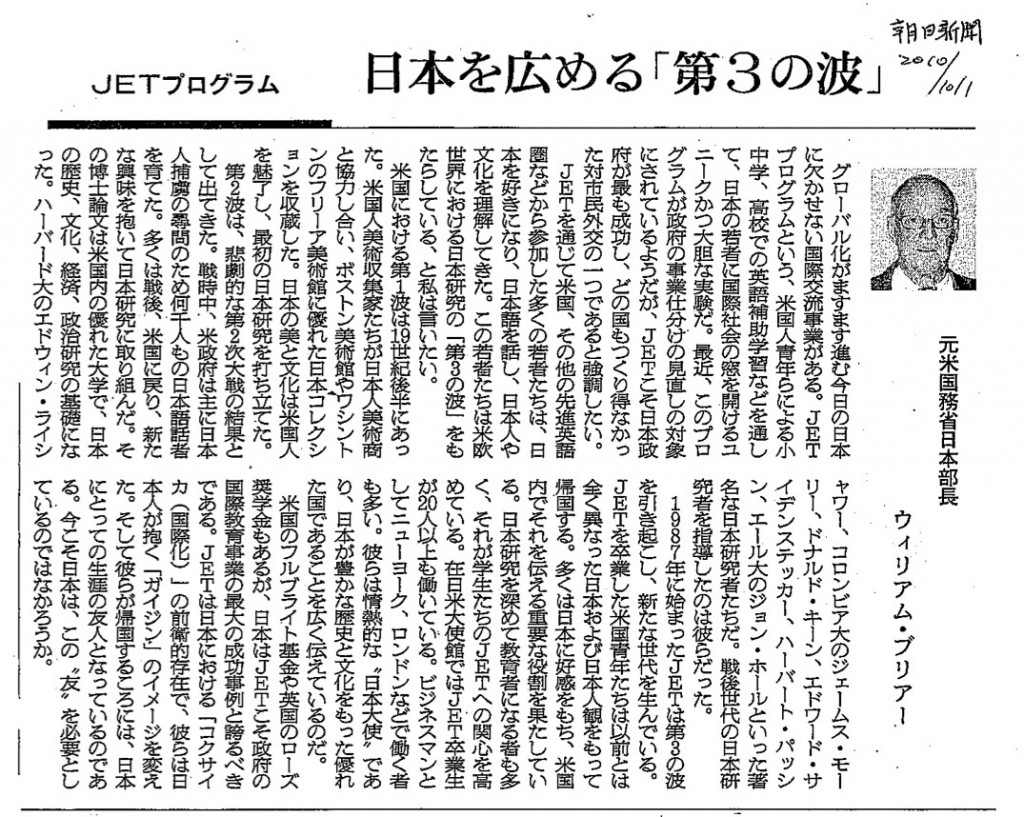
Language: ja